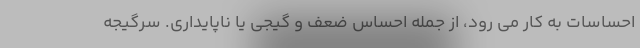
احساسات به کار می رود، از جمله احساس ضعف و گیجی یا ناپایداری. سرگیجه